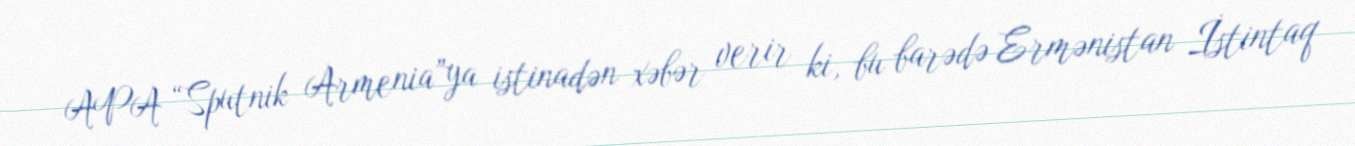
APA “Sputnik Armenia”ya istinadən xəbər verir ki, bu barədə Ermənistan İstintaq